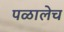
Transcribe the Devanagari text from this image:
पळालेच